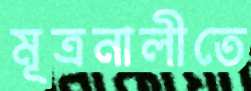
মূত্রনালীতে